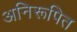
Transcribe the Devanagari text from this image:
अनिरूपित